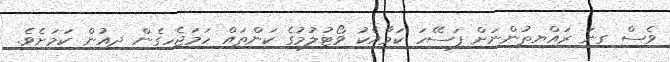
ވެސް ގިނަ ރައްޔިތުންނަށް ފަސޭހަ ކަމާއެކު ވޯޓުލުމުގެ ކަންތައް ހަމަޖެހިގެން ދިއުން ކަމަށެވެ.